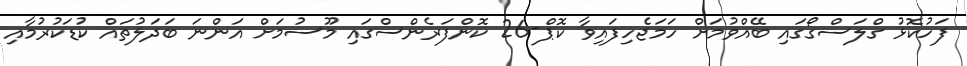
ފަހުކޮޅު ގްލަސްގޯގައި ބޭއްވުމަށް ހަމަޖެހިފައިވާ ކޮޕް-26 ކޮންފަރެންސްގައި މޫސުމަށް އަންނަ ބަދަލުތައް ކުޑަކުރުމާއި